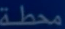
محطة